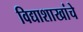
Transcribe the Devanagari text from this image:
विद्याशाखांचे